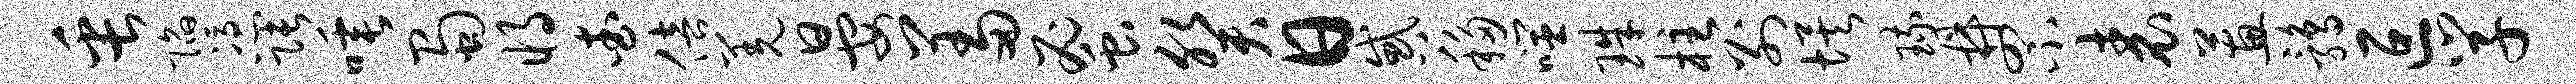
缶陷凭张唾蜀将查倍羌晏羞蜜癸日惑移噬珠柱别埃琉鼎罘表蕙鹑叵学